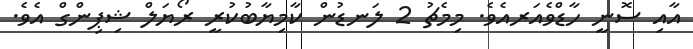
އާއި ސޮނީ ހާޑްވެއަރއެވެ. މިމެޗު 2 ލަނޑުން ކާމިޔާބުކުރީ ރޯޔަލް ޝިޕިންގް އެވެ.